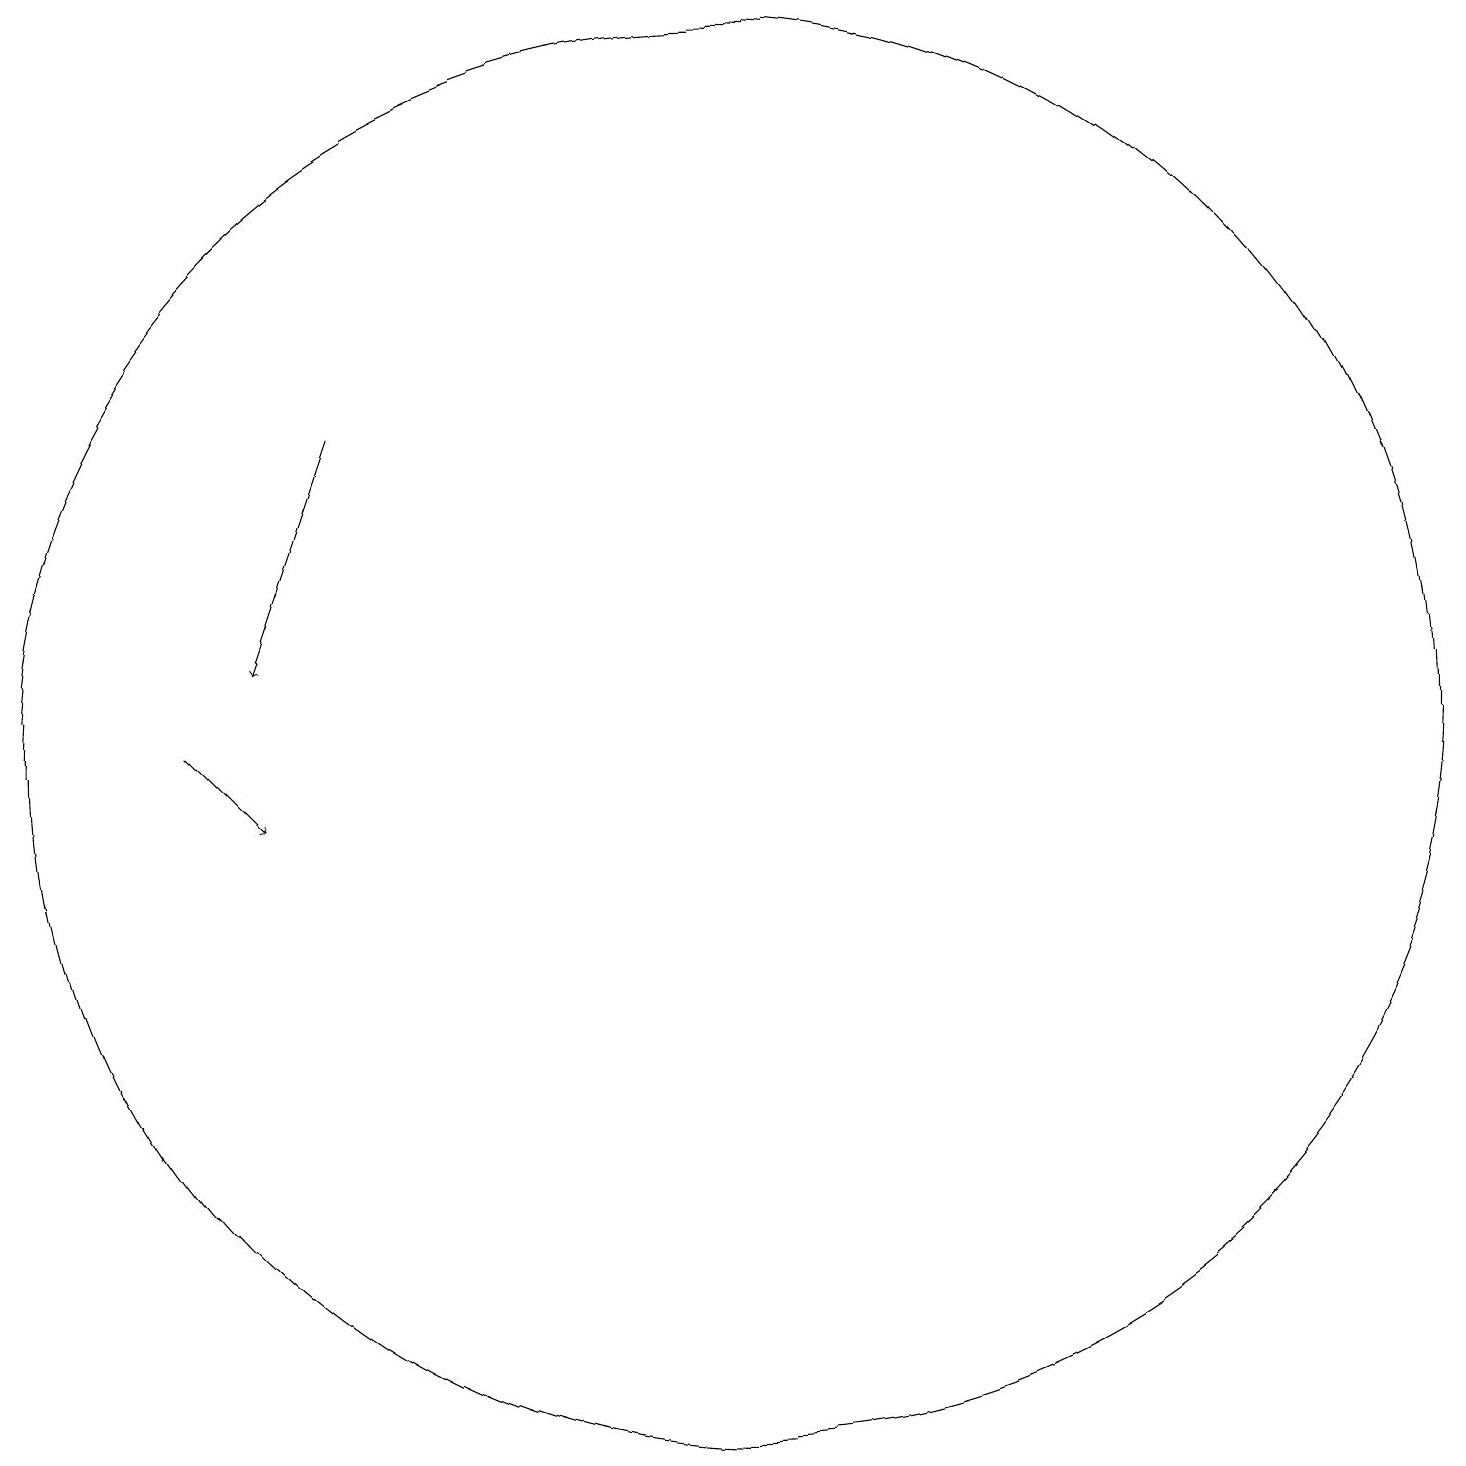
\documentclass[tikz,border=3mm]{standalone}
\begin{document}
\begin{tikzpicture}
\draw (11,12) circle (9);
\draw[->] (6,16) -- (5,13);
\draw[->] (4,12) -- (5,11);
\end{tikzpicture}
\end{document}